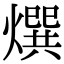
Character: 㷷